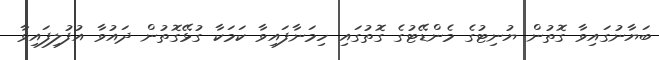
ބަޔާނުގައިވާ ގޮތުން ޔުނިޓުގެ މެންޑޭޓުގެ ގޮތުގައި ހިމަނާފައިވާ ކަމަކާ ގުޅޭގޮތުން ދައުވާ އުފުލިފައިވާ